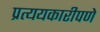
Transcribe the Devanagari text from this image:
प्रत्ययकारीपणे